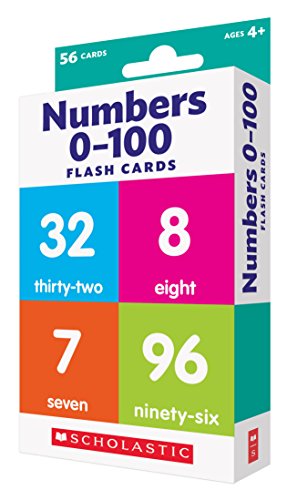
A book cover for Flash Cards: Numbers; Scholastic Teaching Resources; Education & Teaching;